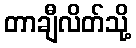
တာချီလိတ်သို့